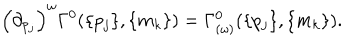
\left( { \partial } _ { p _ { j } } \right) ^ { \omega } \Gamma ^ { 0 } ( \{ p _ { j } \} , \{ m _ { k } \} ) = \Gamma _ { ( \omega ) } ^ { 0 } ( \{ p _ { j } \} , \{ m _ { k } \} ) .